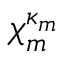
{ \boldsymbol { \chi } } _ { m } ^ { \kappa _ { m } }